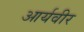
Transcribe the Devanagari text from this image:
आर्यवीर